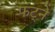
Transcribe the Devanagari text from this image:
फट्ने